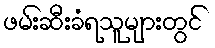
ဖမ်းဆီးခံရသူများတွင်